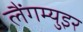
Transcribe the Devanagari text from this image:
लैंगम्युइर